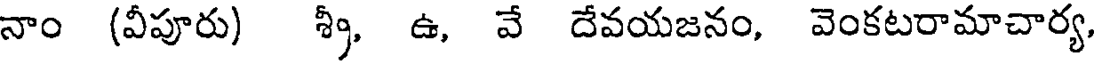
నాం (వీపూరు) శ్రీ, ఉ, వే దేవయజనం, వెంకటరామాచార్య